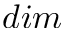
d i m